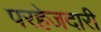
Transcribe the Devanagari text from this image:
परहेजदारी